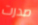
صدرت